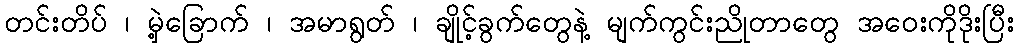
တင်းတိပ် ၊ မှဲ့ခြောက် ၊ အမာရွတ် ၊ ချိုင့်ခွက်တွေနဲ့ မျက်ကွင်းညိုတာတွေ အဝေးကိုဒိုးပြီး